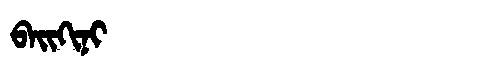
Manchu: ᠪᠠᡳᡴᡳᠨᡳ
Romanization: BAIKINI